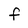
Character: f